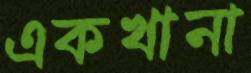
একখানা